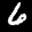
Label: 6